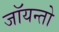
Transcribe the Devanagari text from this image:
जॉयन्तो